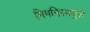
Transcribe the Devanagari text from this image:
मिमनिस्क्युले